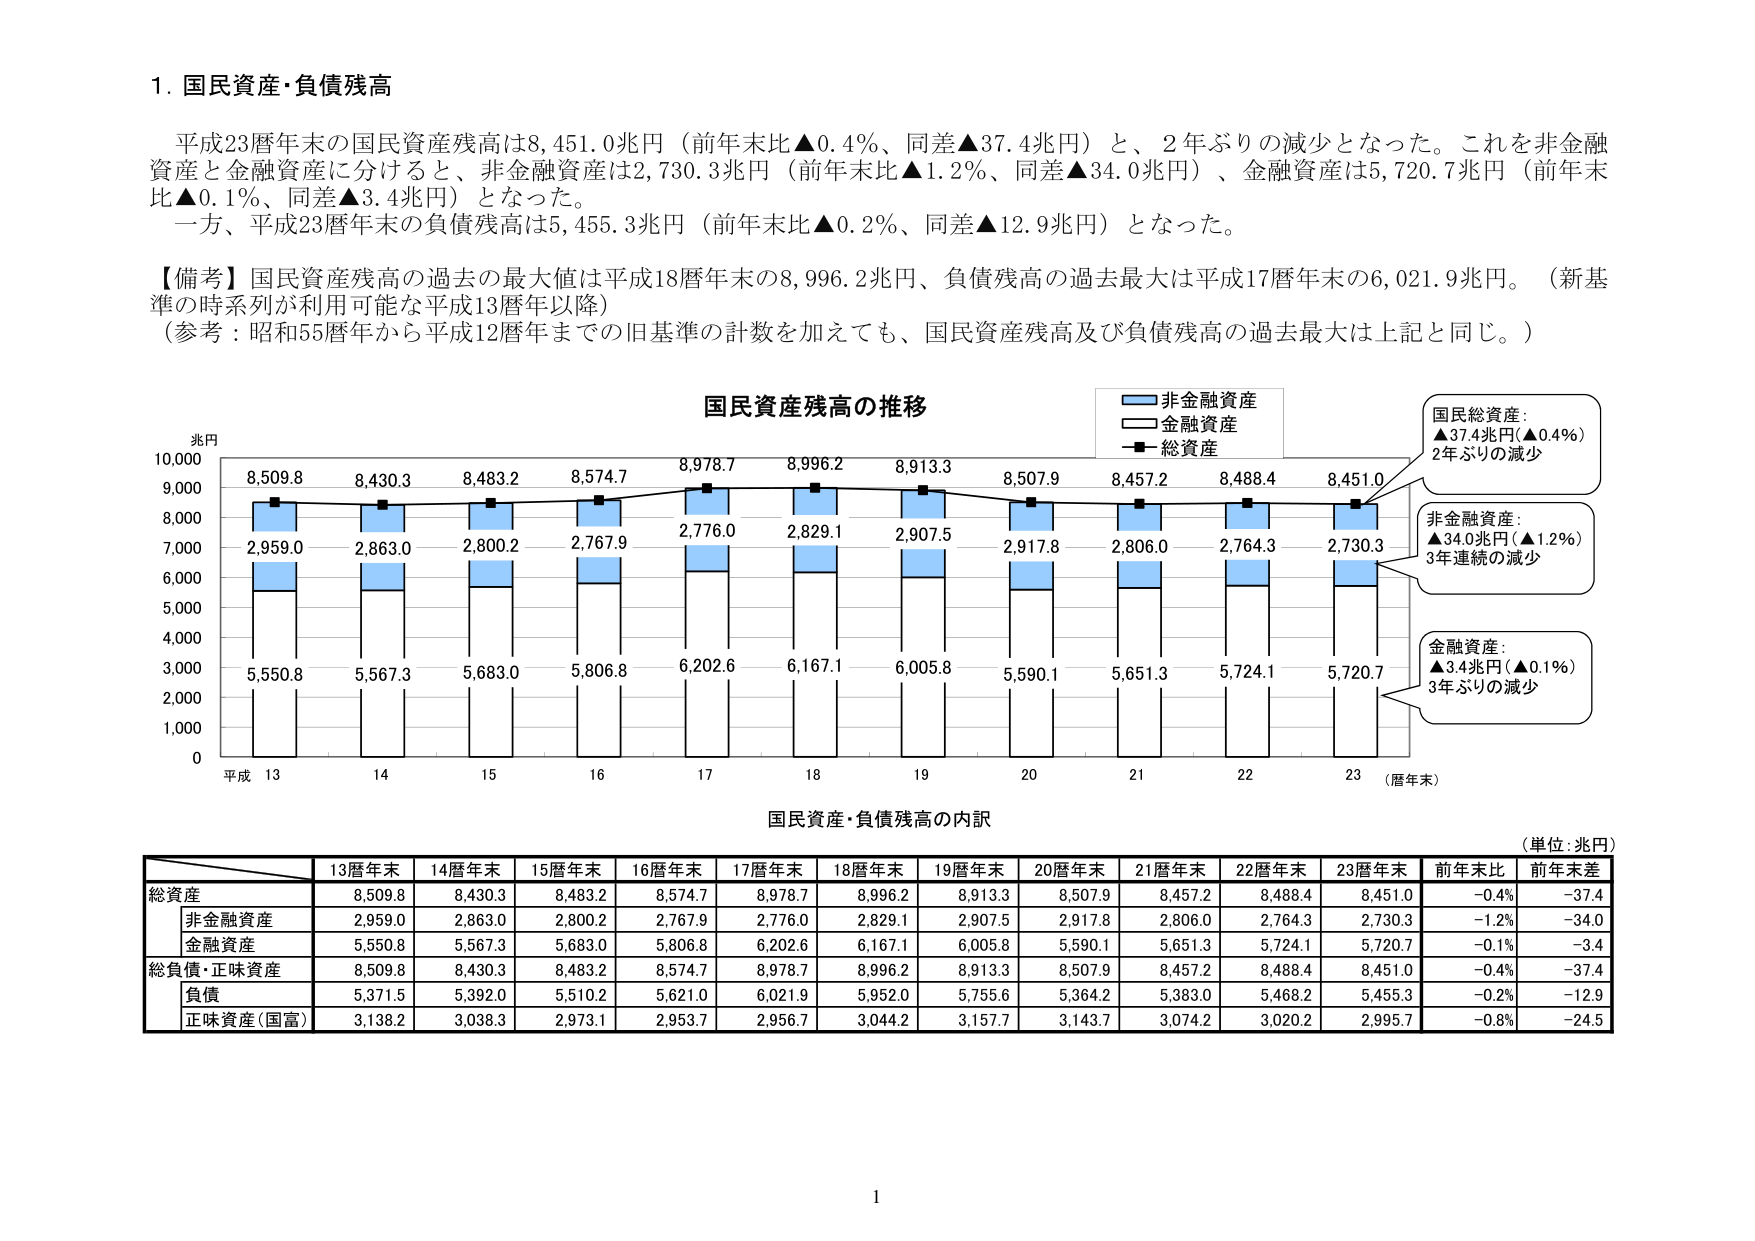
1. 国民資産・負債残高

平成23暦年末の国民資産残高は8,451.0兆円（前年末比▲0.4%、同差▲37.4兆円）と、2年ぶりの減少となった。これを非金融資産と金融資産に分けると、非金融資産は2,730.3兆円（前年末比▲1.2%、同差▲34.0兆円）、金融資産は5,720.7兆円（前年末比▲0.1%、同差▲3.4兆円）となった。
一方、平成23暦年末の負債残高は5,455.3兆円（前年末比▲0.2%、同差▲12.9兆円）となった。

【備考】国民資産残高の過去の最大値は平成18暦年末の8,996.2兆円、負債残高の過去最大は平成17暦年末の6,021.9兆円。（新基準の時系列が利用可能な平成13暦年以降）
（参考：昭和55暦年から平成12暦年までの旧基準の計数を加えても、国民資産残高及び負債残高の過去最大は上記と同じ。）

国民資産残高の推移

兆円
10,000
9,000
8,000
7,000
6,000
5,000
4,000
3,000
2,000
1,000
0

平成 13 14 15 16 17 18 19 20 21 22 23 （暦年末）

8,509.8
8,430.3
8,483.2
8,574.7
8,978.7
8,996.2
8,913.3
8,507.9
8,457.2
8,488.4
8,451.0

2,959.0
2,863.0
2,800.2
2,767.9
2,776.0
2,829.1
2,907.5
2,917.8
2,806.0
2,764.3
2,730.3

5,550.8
5,567.3
5,683.0
5,806.8
6,202.6
6,167.1
6,005.8
5,590.1
5,651.3
5,724.1
5,720.7

非金融資産
金融資産
総資産

国民総資産：
▲37.4兆円（▲0.4%）
2年ぶりの減少

非金融資産：
▲34.0兆円（▲1.2%）
3年連続の減少

金融資産：
▲3.4兆円（▲0.1%）
3年ぶりの減少

国民資産・負債残高の内訳

（単位：兆円）

13暦年末 14暦年末 15暦年末 16暦年末 17暦年末 18暦年末 19暦年末 20暦年末 21暦年末 22暦年末 23暦年末 前年末比 前年末差

総資産 8,509.8 8,430.3 8,483.2 8,574.7 8,978.7 8,996.2 8,913.3 8,507.9 8,457.2 8,488.4 8,451.0 -0.4% -37.4
　非金融資産 2,959.0 2,863.0 2,800.2 2,767.9 2,776.0 2,829.1 2,907.5 2,917.8 2,806.0 2,764.3 2,730.3 -1.2% -34.0
　金融資産 5,550.8 5,567.3 5,683.0 5,806.8 6,202.6 6,167.1 6,005.8 5,590.1 5,651.3 5,724.1 5,720.7 -0.1% -3.4
総負債・正味資産 8,509.8 8,430.3 8,483.2 8,574.7 8,978.7 8,996.2 8,913.3 8,507.9 8,457.2 8,488.4 8,451.0 -0.4% -37.4
　負債 5,371.5 5,392.0 5,510.2 5,621.0 6,021.9 5,952.0 5,755.6 5,364.2 5,383.0 5,468.2 5,455.3 -0.2% -12.9
　正味資産（国富） 3,138.2 3,038.3 2,973.1 2,953.7 2,956.7 3,044.2 3,157.7 3,143.7 3,074.2 3,020.2 2,995.7 -0.8% -24.5

1